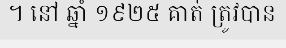
។ នៅ ឆ្នាំ ១៩២៥ គាត់ ត្រូវបាន